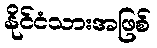
နိုင်ငံသားအဖြစ်